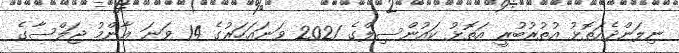
ނިލަންދެއަތޮޅު އުތުރުބުރީ އަތޮޅު ކައުންސިލްގެ 2021 ވަނައަހަރުގެ 14 ވަނަ ޢާންމު ޖަލްސާގެ